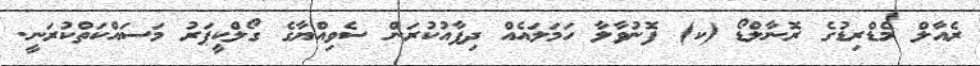
ރެއާލް މެޑްރިޑުގެ ރޮނާލްޑޯ (ކ) ފޮނުވާލާ ހަމަލައެއް ދިފާއުކުރަން ސެވިއްޔާގެ ގޯލްކީޕަރު މަސައްކަތްކުރަނީ.